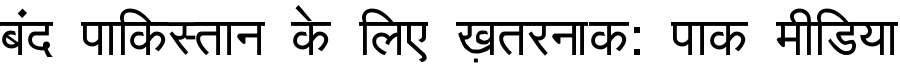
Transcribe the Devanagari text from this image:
बंद पाकिस्तान के लिए ख़तरनाक: पाक मीडिया